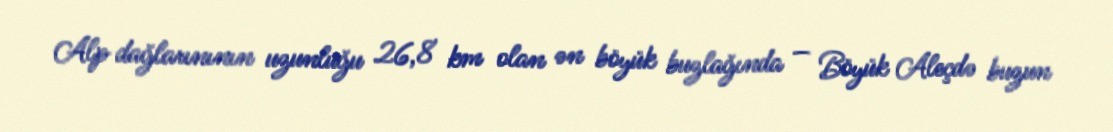
Alp dağlarınının uzunluğu 26,8 km olan ən böyük buzlağında — Böyük Aleçdə buzun